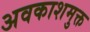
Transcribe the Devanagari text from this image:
अवकाशमुक्त